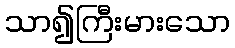
သာ၍ကြီးမားသော